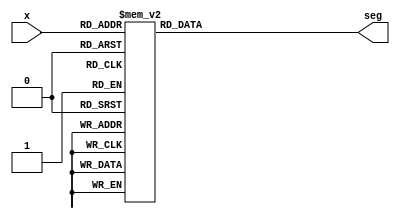
`timescale 1ns / 1ps
//////////////////////////////////////////////////////////////////////////////////
// Company: 
// 
// Design Name: VANE
// Module Name: BCD_Decoder
// Project Name: 7 - Segment BCD decoder
// Target Devices: 
// Tool Versions: 
// Description: A project in which we learned to convert binary inputs into a display of decimal
// 
// Dependencies: 
// 
// Revision:
// Revision 0.01 - File Created
// Additional Comments:
// 
//////////////////////////////////////////////////////////////////////////////////


module BCD_Decoder(
    input [3:0] x,
    output reg [7:0] seg);
    

    always @(x)
    
    begin
    //cases for x

        case(x)
            //if no inputs
            4'b0000 : 
                seg = 8'b00000011; //output a zero
            4'b0001 :           
                seg = 8'b10011111; 
            4'b0010 :  
                seg = 8'b00100101;
            4'b0011 :       
                seg = 8'b00001101;
            4'b0100 :        // Hexadecimal 4
                seg = 8'b10011001;
            4'b0101 :        // Hexadecimal 5
                seg = 8'b01001001;
            4'b0110 :        // Hexadecimal 6
                seg = 8'b01000001;
            4'b0111 :        // Hexadecimal 7
                seg = 8'b00011111;
            4'b1000 :              //Hexadecimal 8
                seg =  8'b00000001;
            4'b1001 :           
                seg =  8'b00001001;
             default: 
                seg = 8'b11111111;
      endcase
     end       
endmodule